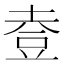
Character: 𧯣